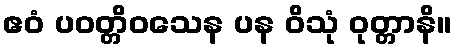
ဧဝံ ပဝတ္တိဝသေန ပန ဝိသုံ ဝုတ္တာနိ။